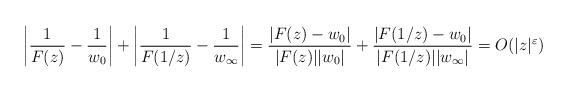
LaTeX: \begin{align*}\left|\frac{1}{F(z)}-\frac{1}{w_0}\right| + \left|\frac{1}{F(1/z)}-\frac{1}{w_\infty}\right|= \frac{|F(z)-w_0|}{|F(z)| |w_0|}+ \frac{|F(1/z)-w_0|}{|F(1/z)| |w_\infty|} = O(|z|^\varepsilon)\end{align*}